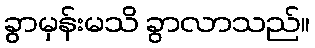
ခွာမှန်းမသိ ခွာလာသည်။